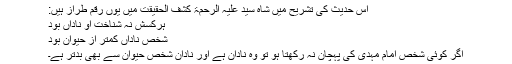
اس حدیث کی تشریح میں شاہ سید علیہ الرحمۃ کشف الحقیقت میں یوں رقم طراز ہیں:
ہرکسش نہ شناخت او ناداں بود
شخص ناداں کمتر از حیوان بود
اگر کوئی شخص امام مہدیؑ کی پہچان نہ رکھتا ہو تو وہ نادان ہے اور نادان شخص حیوان سے بھی بدتر ہے۔